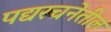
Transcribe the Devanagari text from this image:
पद्यरचनेतील